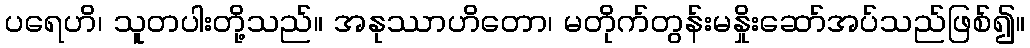
ပရေဟိ၊ သူတပါးတို့သည်။ အနုဿာဟိတော၊ မတိုက်တွန်းမနှိုးဆော်အပ်သည်ဖြစ်၍။